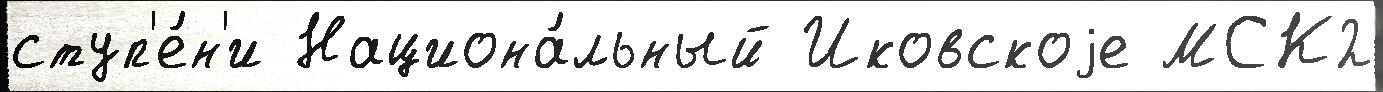
ступ'е́н'и Национа́льный Иковскоjе МСК2